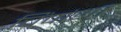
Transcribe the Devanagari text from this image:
चिंपांझी